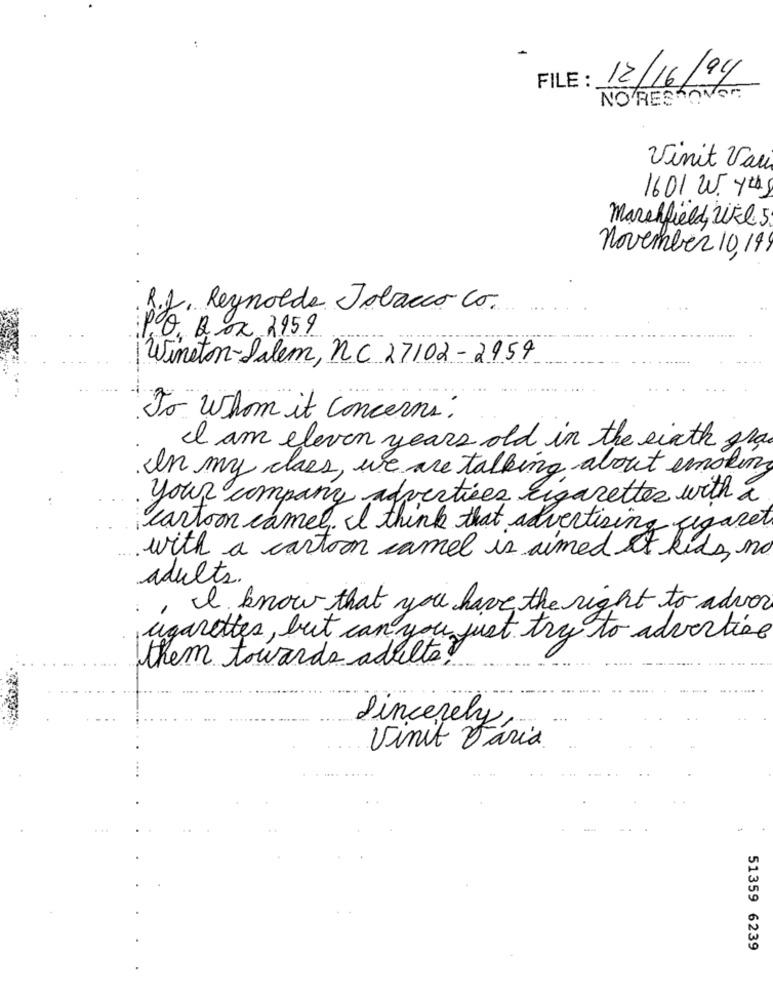
:
FILE :
12/16/94
NO RESKOVEN
Vinit Vau
1601 W yeas
Marshfield, WEL 5
november 10,14
. R.J. Reynolds Tobacco Co.
PO Box 2959
neton-Salem, nc 27102-2959
To whom it concerns.
I am eleven years old in the sixth fra
In my class, we are talking about smoking
your company advertises cigarettes with a
cartoon camel. II think that advertising cigaret
with a cartoon camel is aimed at kids, no
adults.
I know that you have the right to adver
ugarettes, but can you just try to advertise
them towards adults?
Sincerely,
vinit
51359 6239